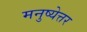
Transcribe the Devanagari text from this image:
मनुष्येत्तर